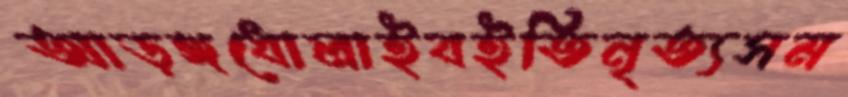
আড়ঙ্গধোলাইবইতিনৃত্যসম